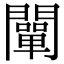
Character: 闡